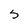
Character: S